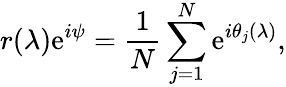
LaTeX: r(\lambda)\mathrm{e}^{i\psi}=\frac{1}{N}\sum_{j=1}^{N}\mathrm{e}^{i\theta_{j}(\lambda)},